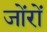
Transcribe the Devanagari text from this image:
जोंरों